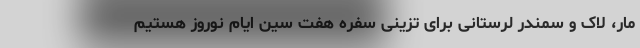
مار، لاک و سمندر لرستانی برای تزینی سفره هفت سین ایام نوروز هستیم